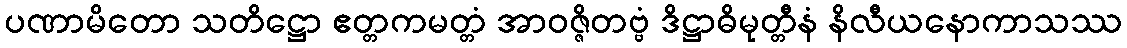
ပဏာမိတော သတိဋ္ဌော ဧတ္တကမတ္တံ အာဝဇ္ဇိတဗ္ဗံ ဒိဋ္ဌာဓိမုတ္တီနံ နိလီယနောကာသဿ